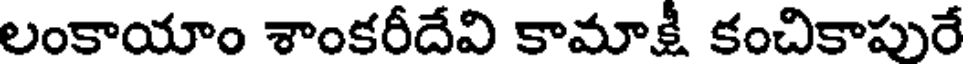
లంకాయాం శాంకరీదేవి కామాక్షీ కంచికాపురే